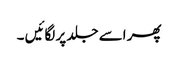
پھر اسے جلد پر لگائیں ۔